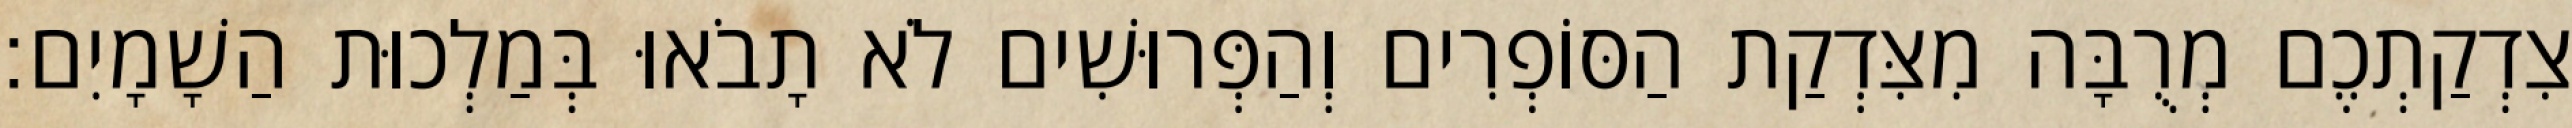
צִדְקַתְכֶם מְרֻבָּה מִצִּדְקַת הַסּוֹפְרִים וְהַפְּרוּשִׁים לֹא תָבֹאוּ בְּמַלְכוּת הַשָׁמָיִם׃